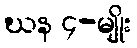
ဃန ၄-မျိုး